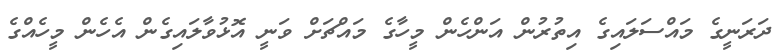
ދަރަނީގެ މައްސަލައިގެ އިތުރުން އަންހެން މީހާގެ މައްޗަށް ވަނީ އޮޅުވާލައިގެން އެހެން މީހެއްގެ